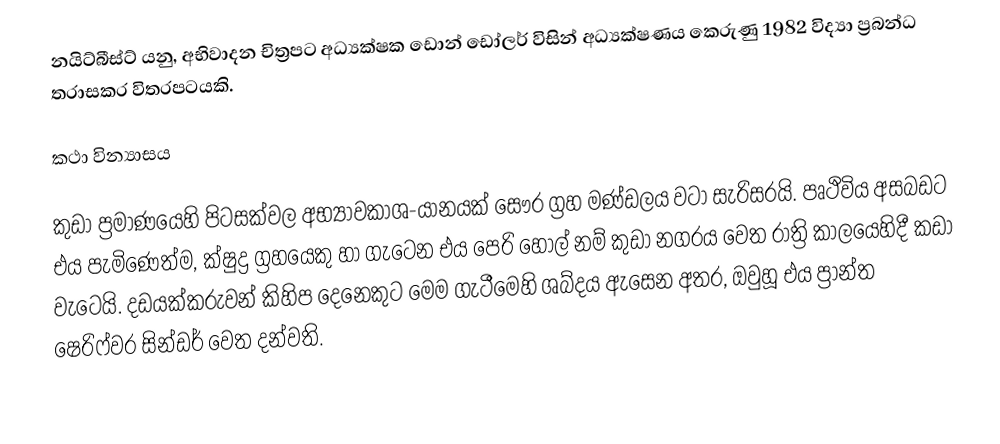
නයිට්බීස්ට් යනු,  අභිවාදන චිත්‍රපට අධ්‍යක්ෂක ඩොන් ඩෝලර් විසින් අධ්‍යක්ෂණය කෙරුණු 1982 විද්‍යා ප්‍රබන්ධ  ත‍්‍රාසකර විත‍්‍රපටයකි.

කථා වින්‍යාසය

කුඩා ප්‍රමාණයෙහි පිටසක්වල අභ්‍යාවකාශ-යානයක්  සෞර ග්‍රහ මණ්ඩලය වටා සැරිසරයි. පෘථිවිය අසබඩට එය පැමිණෙත්ම, ක්ෂුද්‍ර ග්‍රහයෙකු හා ගැටෙන එය  පෙරි හෝල් නම් කුඩා නගරය වෙත රාත්‍රි කාලයෙහිදී කඩා වැටෙයි. දඩයක්කරුවන් කිහිප දෙනෙකුට මෙම ගැටීමෙහි ශබ්දය ඇසෙන අතර, ඔවුහූ එය    ප්‍රාන්ත ෂෙරිෆ්වර සින්ඩර් වෙත දන්වති.